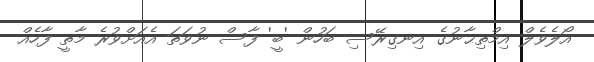
އޯލެވެލް އިމްތިޙާނުގެ އިނގިރޭސި ބަހުން 'ބީ' ފާސް ނުވަތަ އެއަށްވުރެ މާތީ ފާހެއް